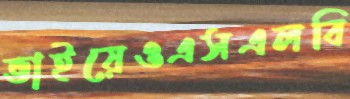
ভাইয়েওএসএলবি